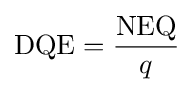
\mathrm {DQE} ={\frac {\mathrm {NEQ} }{q}}